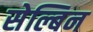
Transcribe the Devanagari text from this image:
सेल्बिन